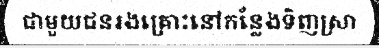
ជាមួយជនរងគ្រោះនៅកន្លែងទិញស្រា